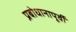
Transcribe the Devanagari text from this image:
प्रबोधानापूर्वी